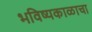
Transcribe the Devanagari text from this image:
भविष्यकाळाचा